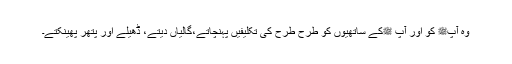
وہ آپﷺ کو اور آپ ﷺکے ساتھیوں کو طرح طرح کی تکلیفیں پہنچاتے،گالیاں دیتے، ڈھیلے اور پتھر پھینکتے۔